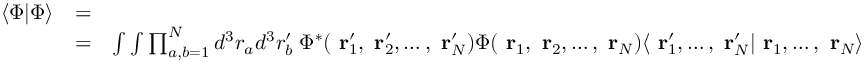
\begin{array} { r l r } { \langle \Phi | \Phi \rangle } & { = } & \\ & { = } & { \int \int \prod _ { a , b = 1 } ^ { N } d ^ { 3 } r _ { a } d ^ { 3 } r _ { b } ^ { \prime } \; \Phi ^ { * } ( \mathrm { \bf ~ r } _ { 1 } ^ { \prime } , \mathrm { \bf ~ r } _ { 2 } ^ { \prime } , \dots , \mathrm { \bf ~ r } _ { N } ^ { \prime } ) \Phi ( \mathrm { \bf ~ r } _ { 1 } , \mathrm { \bf ~ r } _ { 2 } , \dots , \mathrm { \bf ~ r } _ { N } ) \langle \mathrm { \bf ~ r } _ { 1 } ^ { \prime } , \dots , \mathrm { \bf ~ r } _ { N } ^ { \prime } | \mathrm { \bf ~ r } _ { 1 } , \dots , \mathrm { \bf ~ r } _ { N } \rangle } \end{array}